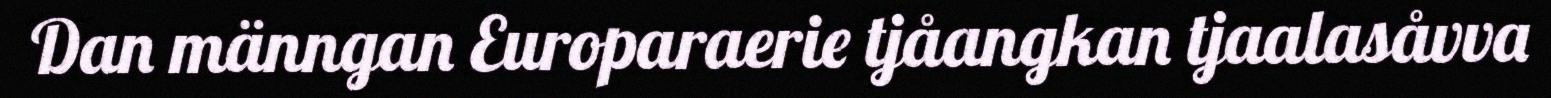
Dan männgan Europaraerie tjåangkan tjaalasåvva